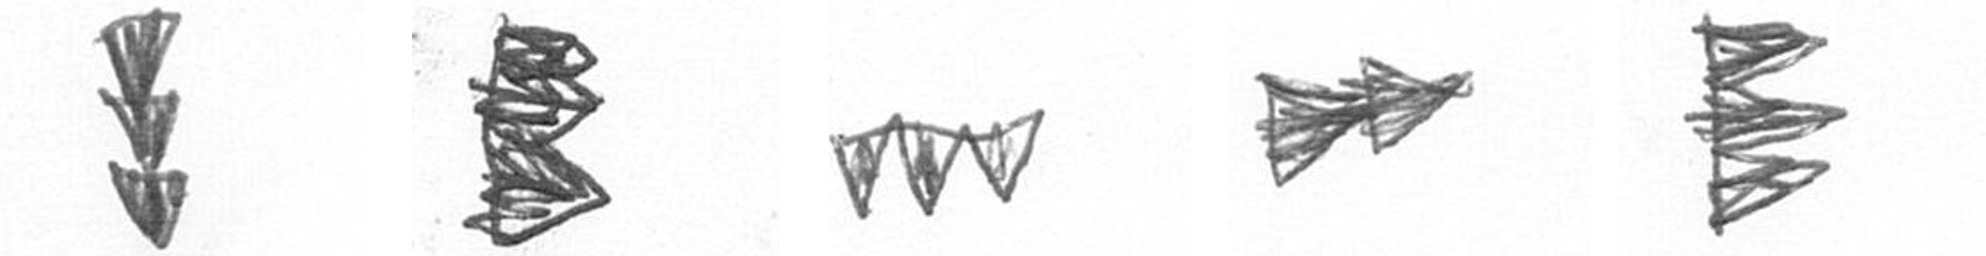
E H L A H